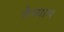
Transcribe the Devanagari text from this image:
तैय्याम